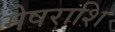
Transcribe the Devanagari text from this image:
मेषराशि